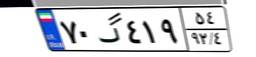
۷۰گ۴۱۹۵۴